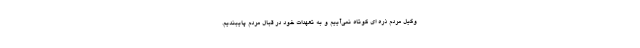
وکیل مردم ذره ای کوتاه نمی‌آییم و به تعهدات خود در قبال مردم پایبندیم.